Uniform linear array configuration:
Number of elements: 48
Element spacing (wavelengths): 0.25
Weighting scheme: hann
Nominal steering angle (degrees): -15
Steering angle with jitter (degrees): -14.634
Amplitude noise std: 0.05
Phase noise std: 0.05

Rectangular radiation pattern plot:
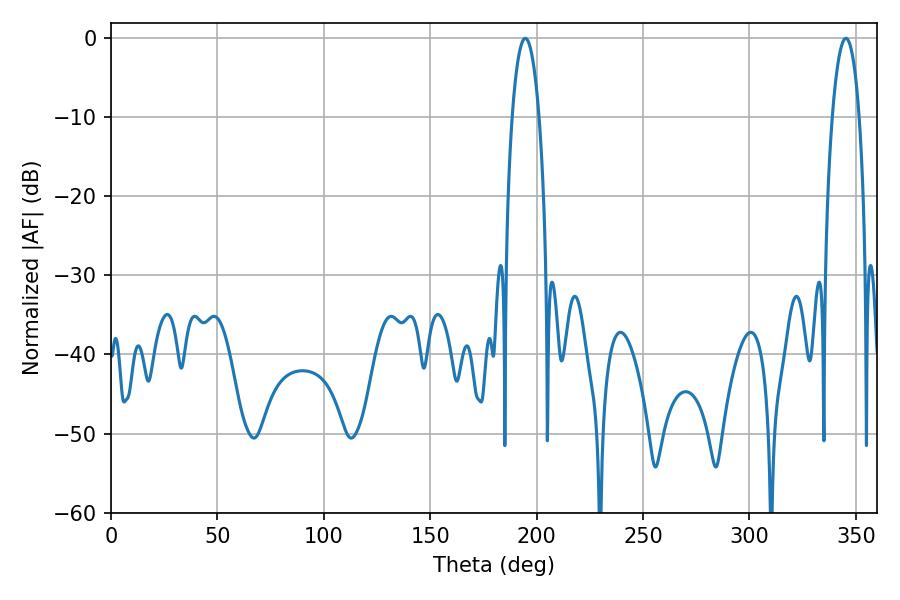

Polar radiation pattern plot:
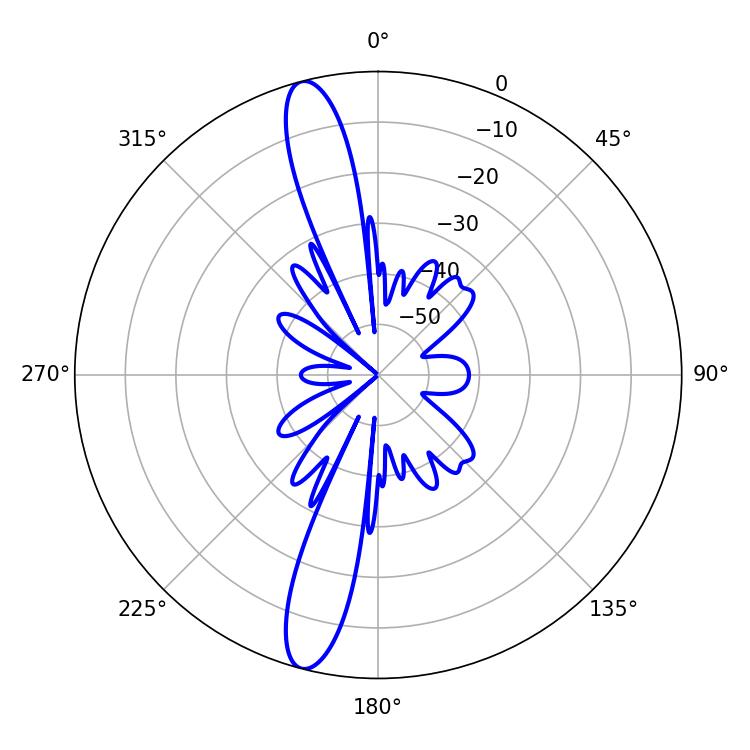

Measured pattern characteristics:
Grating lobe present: FALSE
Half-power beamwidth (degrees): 7.02
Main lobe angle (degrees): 194.76